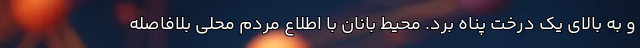
و به بالای یک درخت پناه برد. محیط بانان با اطلاع مردم محلی بلافاصله